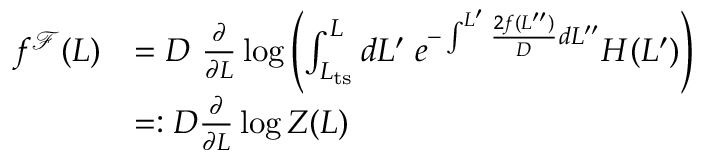
\begin{array} { r l } { f ^ { \mathcal { F } } ( L ) } & { = D \ \frac { \partial } { \partial L } \log \left( \int _ { L _ { \mathrm { t s } } } ^ { L } d L ^ { \prime } \; e ^ { - \int ^ { L ^ { \prime } } \frac { 2 f ( L ^ { \prime \prime } ) } { D } d L ^ { \prime \prime } } H ( L ^ { \prime } ) \right) } \\ & { = : D \frac { \partial } { \partial L } \log Z ( L ) } \end{array}